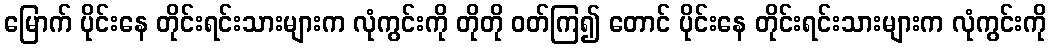
မြောက် ပိုင်းနေ တိုင်းရင်းသားများက လုံကွင်းကို တိုတို ဝတ်ကြ၍ တောင် ပိုင်းနေ တိုင်းရင်းသားများက လုံကွင်းကို